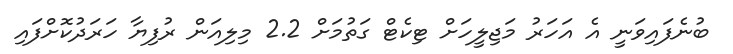
ބުނެފައިވަނީ އެ އަހަރު މަޖިލީހަށް ޓިކެޓް ގަތުމަށް 2.2 މިލިއަން ރުފިޔާ ހަރަދުކޮށްފައި